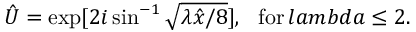
\hat { U } = \exp [ 2 i \sin ^ { - 1 } \sqrt { \lambda \hat { x } / 8 } ] , \ \ \mathrm { f o r } \, l a m b d a \leq 2 .